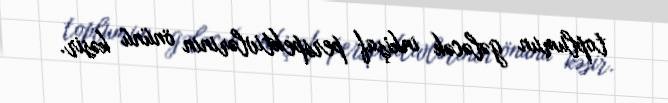
toplumun gələcək inkişaf perspektivlərinin önünü kəsir.